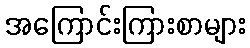
အကြောင်းကြားစာများ